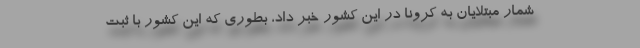
شمار مبتلایان به کرونا در این کشور خبر داد، بطوری که این کشور با ثبت